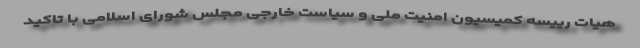
هیات رییسه کمیسیون امنیت ملی و سیاست خارجی مجلس شورای اسلامی با تاکید